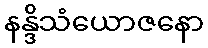
နန္ဒိသံယောဇနော